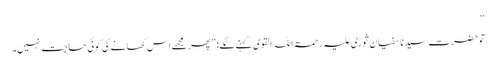
‘‘
توحضرت سیدنا سفیان ثوری علیہ رحمۃ اللہ القوی کہنے لگے: ’’پھر مجھے اس کھانے کی کوئی حاجت نہیں۔